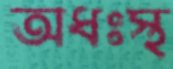
অধঃস্থ